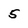
Character: 5